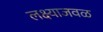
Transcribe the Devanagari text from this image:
लक्ष्याजवळ